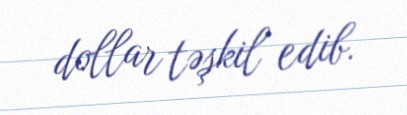
dollar təşkil edib.